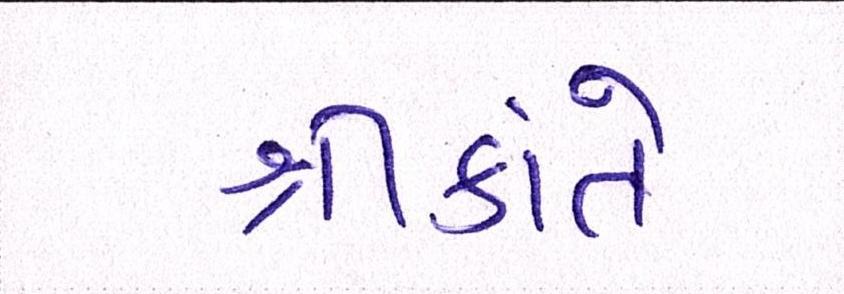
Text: શ્રીકાંતે